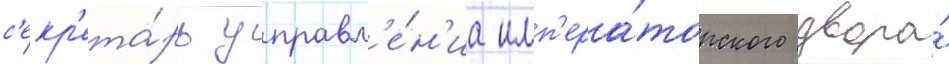
с'екр'ета́рь управл'е́н'иа имп'ера́торского двора́